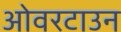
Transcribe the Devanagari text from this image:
ओवरटाउन